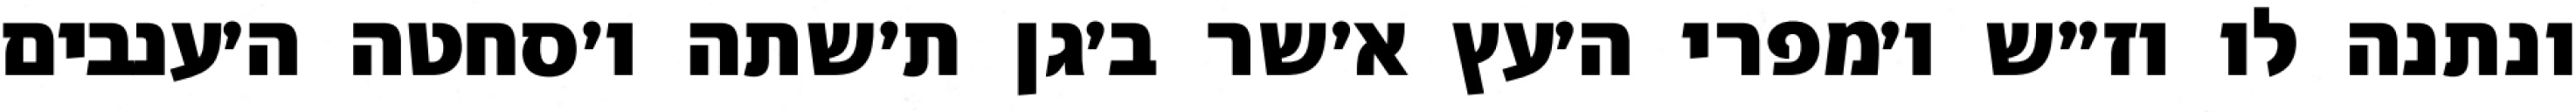
ונתנה לו וז״ש ו׳מפרי ה׳עץ א׳שר ב׳גן ת׳שתה ו׳סחטה ה׳ענבים